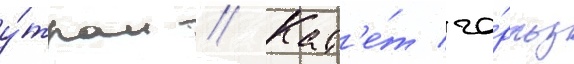
у́тром // Кад'е́т ча́рльз